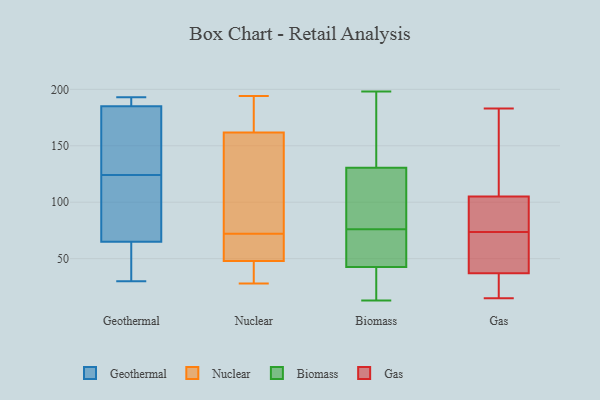
{"axis": {"x": "Tickets Resolved", "y": "Value"}, "legend": ["Biomass", "Gas", "Geothermal", "Nuclear"], "data": [{"x": "", "y": 179, "type": "Geothermal"}, {"x": "", "y": 193, "type": "Geothermal"}, {"x": "", "y": 186, "type": "Geothermal"}, {"x": "", "y": 113, "type": "Geothermal"}, {"x": "", "y": 61, "type": "Geothermal"}, {"x": "", "y": 161, "type": "Geothermal"}, {"x": "", "y": 106, "type": "Geothermal"}, {"x": "", "y": 45, "type": "Geothermal"}, {"x": "", "y": 65, "type": "Geothermal"}, {"x": "", "y": 192, "type": "Geothermal"}, {"x": "", "y": 65, "type": "Geothermal"}, {"x": "", "y": 135, "type": "Geothermal"}, {"x": "", "y": 79, "type": "Geothermal"}, {"x": "", "y": 142, "type": "Geothermal"}, {"x": "", "y": 30, "type": "Geothermal"}, {"x": "", "y": 185, "type": "Geothermal"}, {"x": "", "y": 190, "type": "Geothermal"}, {"x": "", "y": 62, "type": "Geothermal"}, {"x": "", "y": 110, "type": "Nuclear"}, {"x": "", "y": 168, "type": "Nuclear"}, {"x": "", "y": 162, "type": "Nuclear"}, {"x": "", "y": 34, "type": "Nuclear"}, {"x": "", "y": 43, "type": "Nuclear"}, {"x": "", "y": 48, "type": "Nuclear"}, {"x": "", "y": 28, "type": "Nuclear"}, {"x": "", "y": 194, "type": "Nuclear"}, {"x": "", "y": 48, "type": "Nuclear"}, {"x": "", "y": 66, "type": "Nuclear"}, {"x": "", "y": 59, "type": "Nuclear"}, {"x": "", "y": 115, "type": "Nuclear"}, {"x": "", "y": 161, "type": "Nuclear"}, {"x": "", "y": 167, "type": "Nuclear"}, {"x": "", "y": 72, "type": "Nuclear"}, {"x": "", "y": 46, "type": "Biomass"}, {"x": "", "y": 32, "type": "Biomass"}, {"x": "", "y": 106, "type": "Biomass"}, {"x": "", "y": 23, "type": "Biomass"}, {"x": "", "y": 159, "type": "Biomass"}, {"x": "", "y": 125, "type": "Biomass"}, {"x": "", "y": 116, "type": "Biomass"}, {"x": "", "y": 13, "type": "Biomass"}, {"x": "", "y": 147, "type": "Biomass"}, {"x": "", "y": 60, "type": "Biomass"}, {"x": "", "y": 76, "type": "Biomass"}, {"x": "", "y": 46, "type": "Biomass"}, {"x": "", "y": 198, "type": "Biomass"}, {"x": "", "y": 73, "type": "Gas"}, {"x": "", "y": 66, "type": "Gas"}, {"x": "", "y": 19, "type": "Gas"}, {"x": "", "y": 102, "type": "Gas"}, {"x": "", "y": 37, "type": "Gas"}, {"x": "", "y": 15, "type": "Gas"}, {"x": "", "y": 74, "type": "Gas"}, {"x": "", "y": 105, "type": "Gas"}, {"x": "", "y": 183, "type": "Gas"}, {"x": "", "y": 125, "type": "Gas"}]}